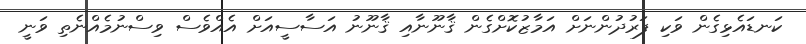
ކަނޑައެޅިގެން ވަކި ފަރުދުންނަށް އަމާޒުކޮށްގެން ޤާނޫނާއި ޤާނޫނު އަސާސީއަށް އެއްވެސް ވިސްނުމެއްނެތި ވަނީ